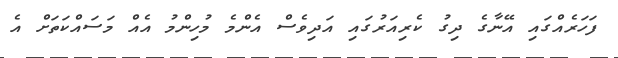
ފަހަރެއްގައި އޭނާގެ ދިގު ކެރިއަރުގައި އަދިވެސް އެންމެ މުހިންމު އެއް މަސައްކަތަށް އެ